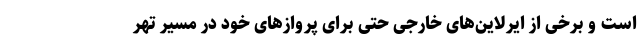
است و برخی از ایرلاین‌های خارجی حتی برای پروازهای خود در مسیر تهر